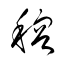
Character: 穃